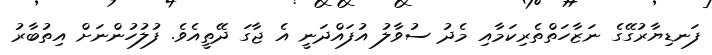
ފަނޑިޔާރުގޭގެ ނަޒާހަތްތެރިކަމާއި މެދު ސުވާލު އުފައްދަނީ އެ ޖާގަ ދޭތީއެވެ. ފުލުހުންނަށް އިތުބާރު